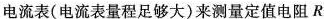
电流表(电流表量程足够大)来测量定值电阻R